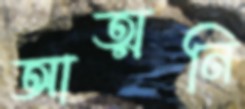
আত্মনি